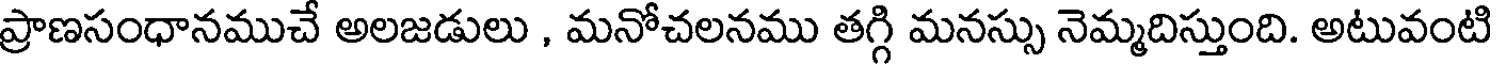
ప్రాణసంధానముచే అలజడులు , మనోచలనము తగ్గి మనస్సు నెమ్మదిస్తుంది. అటువంటి